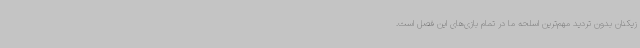
زیکنان بدون تردید مهم‌ترین اسلحه ما در تمام بازی‌های این فصل است.